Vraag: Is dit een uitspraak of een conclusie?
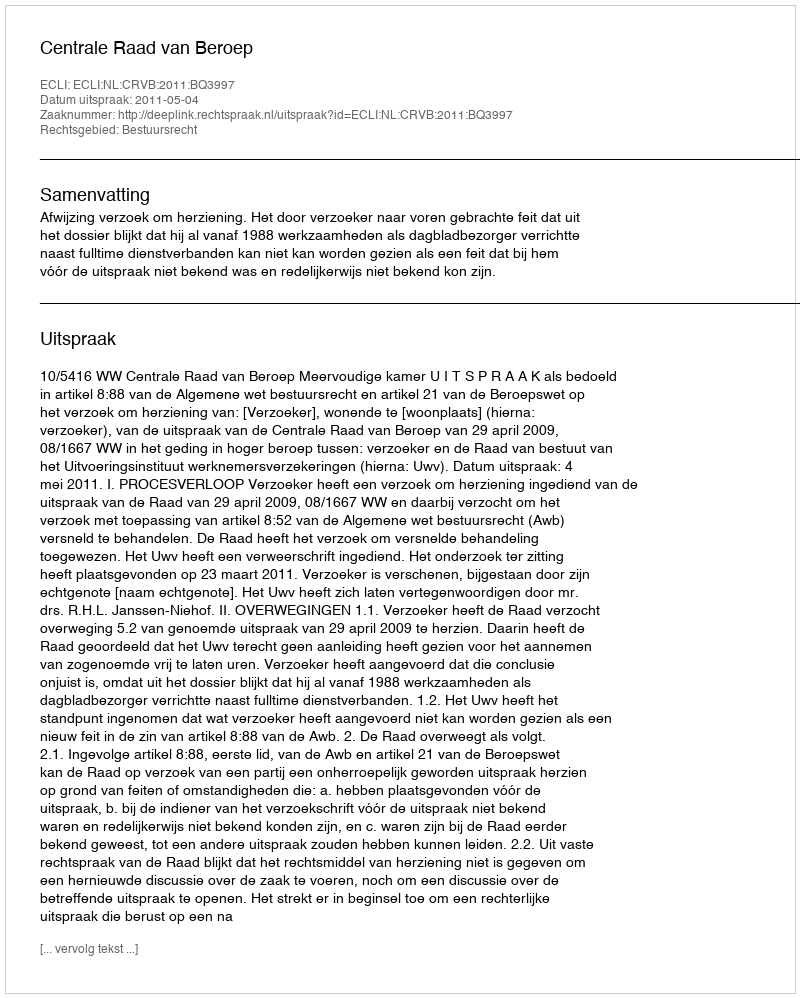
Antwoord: Uitspraak